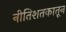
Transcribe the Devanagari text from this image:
नीतिशतकातून